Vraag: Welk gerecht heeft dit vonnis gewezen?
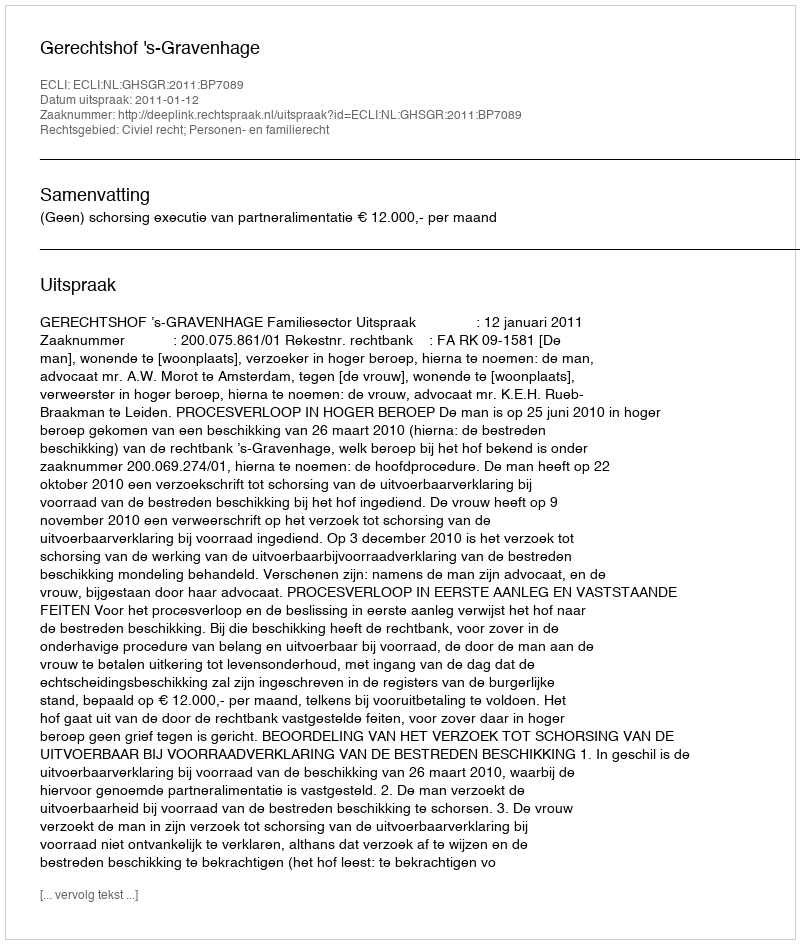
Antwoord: Gerechtshof 's-Gravenhage